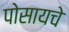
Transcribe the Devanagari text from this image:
पोसायचे